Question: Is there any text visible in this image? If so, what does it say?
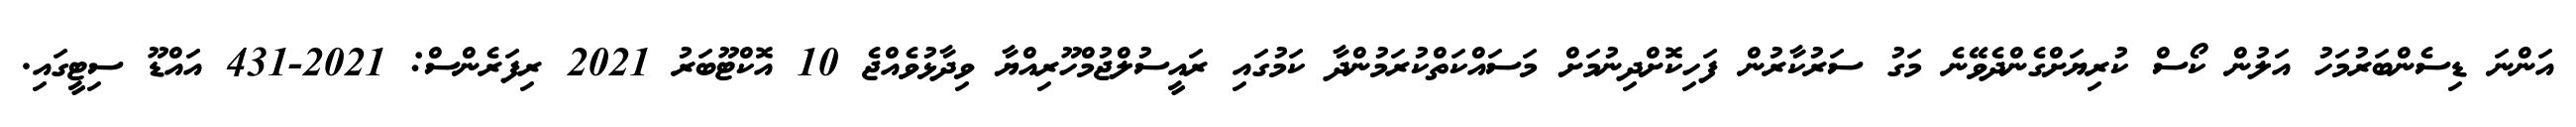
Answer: އަންނަ ޑިސެންބަރުމަހު އަލުން ކޯސް ކުރިޔަށްގެންދެވޭނެ މަގު ސަރުކާރުން ފަހިކޮށްދިނުމަށް މަސައްކަތްކުރަމުންދާ ކަމުގައި ރައީސުލްޖުމްހޫރިއްޔާ ވިދާޅުވެއްޖެ 10 އޮކްޓޫބަރު 2021 ރިފަރެންސް: 2021-431 އައްޑޫ ސިޓީގައި.